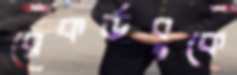
রেকর্ডবুকে